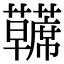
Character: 𫊘